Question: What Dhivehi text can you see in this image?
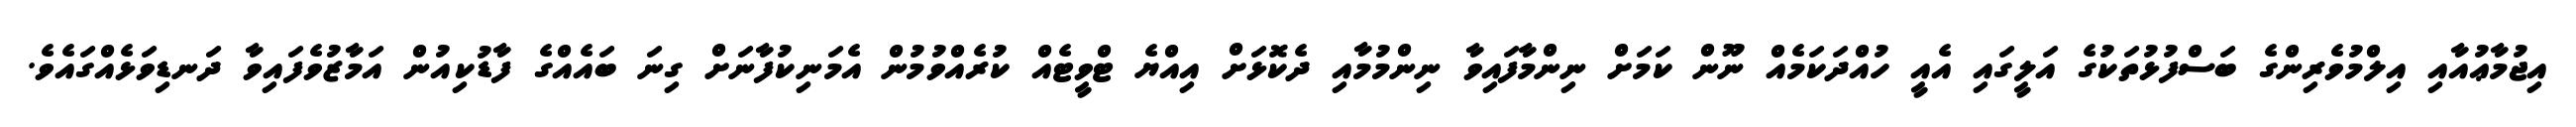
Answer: އިޖުމާޢުއާއި އިލްމުވެރިންގެ ބަސްފުޅުތަކުގެ އަލީގައި އެއީ ހުއްދަކަމެއް ނޫން ކަމަށް ނިންމާފައިވާ ނިންމުމާއި ދެކޮޅަށް އިއްޔެ ޓްވީޓެއް ކުރެއްވުމުން އެމަނިކުފާނަށް ގިނަ ބައެއްގެ ފާޑުކިއުން އަމާޒުވެފައިވާ ދަނޑިވަޅެއްގައެވެ.